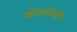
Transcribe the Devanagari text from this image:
योजकंताही